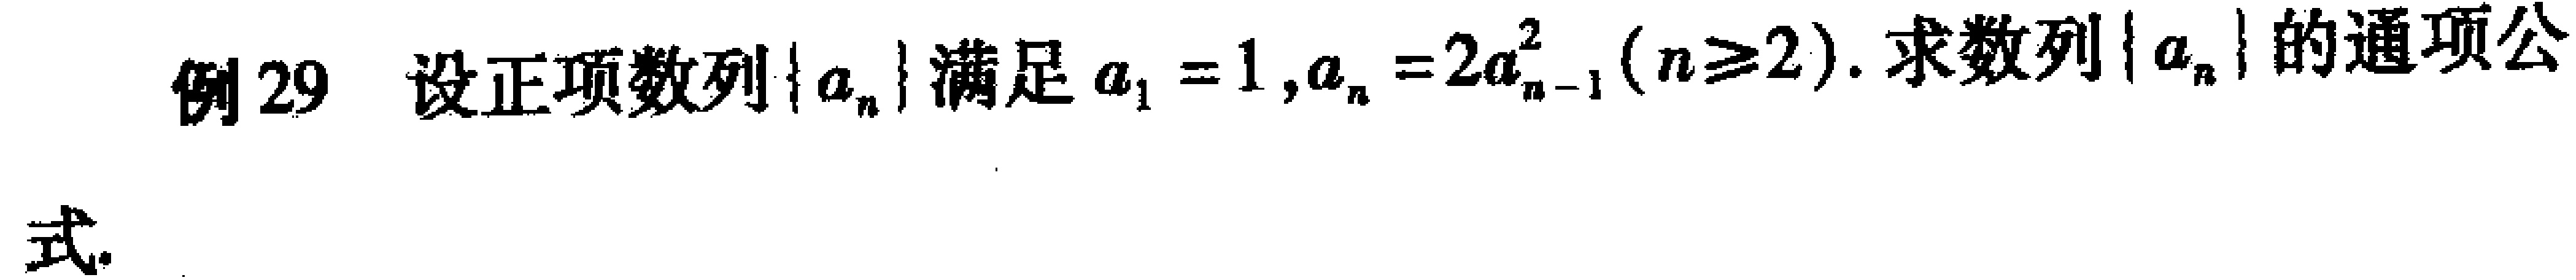
例29 设正项数列\(\{ a_{n}\}\)满足\(a_{1}=1,a_{n}=2a_{n - 1}^{2}(n\geq2)\). 求数列\(\{ a_{n}\}\)的通项公式.